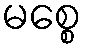
မစ္စေ